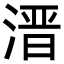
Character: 溍